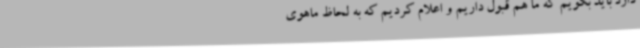
دارد باید بگویم که ما هم قبول داریم و اعلام کردیم که به لحاظ ماهوی